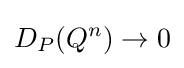
D_{P}(Q^{n})\rightarrow 0